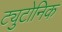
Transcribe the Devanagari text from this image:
ट्युटोनिक